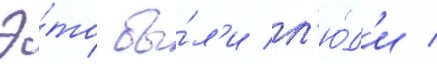
Э́то бы́л'и л'ю́д'и /